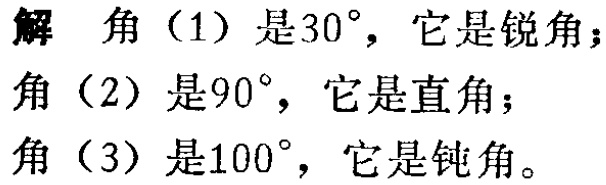
解 角（1）是\(30^{\circ}\)，它是锐角；
角（2）是\(90^{\circ}\)，它是直角；
角（3）是\(100^{\circ}\)，它是钝角。